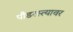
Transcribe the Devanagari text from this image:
पौडरस्त्यावर